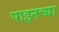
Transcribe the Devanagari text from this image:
पाइनच्या